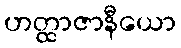
ဟတ္ထာဇာနီယော